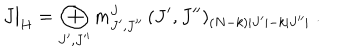
LaTeX: J \bigr | _ { H } = \bigoplus _ { J ^ { \prime } , J ^ { \prime \prime } } m _ { J ^ { \prime } , J ^ { \prime \prime } } ^ { J } \, ( J ^ { \prime } , J ^ { \prime \prime } ) _ { ( N - k ) | J ^ { \prime } | - k | J ^ { \prime \prime } | } \; .